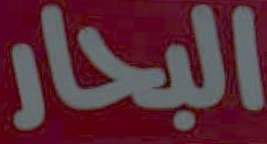
البحار